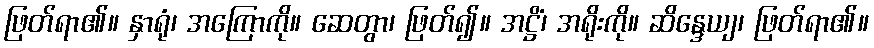
ဖြတ်ရာ၏။ နှာရုံ၊ အကြောကို။ ဆေတွာ၊ ဖြတ်၍။ အဋ္ဌိံ၊ အရိုးကို။ ဆိန္ဒေယျ၊ ဖြတ်ရာ၏။